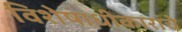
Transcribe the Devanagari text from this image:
विशेषाधीकारांचे